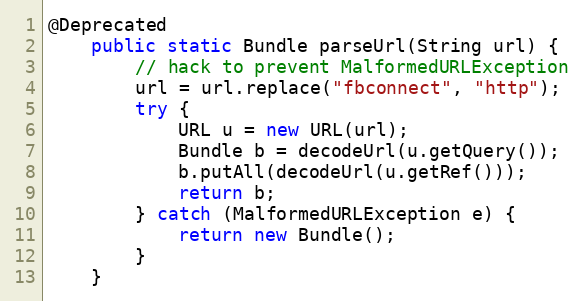
Language: Java
@Deprecated
    public static Bundle parseUrl(String url) {
        // hack to prevent MalformedURLException
        url = url.replace("fbconnect", "http");
        try {
            URL u = new URL(url);
            Bundle b = decodeUrl(u.getQuery());
            b.putAll(decodeUrl(u.getRef()));
            return b;
        } catch (MalformedURLException e) {
            return new Bundle();
        }
    }